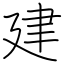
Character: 建